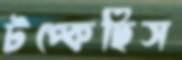
টপ্‌কেছিস